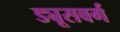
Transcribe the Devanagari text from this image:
ड्यूसबर्ग